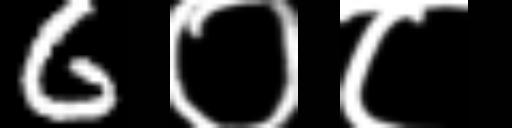
Text: 6०८